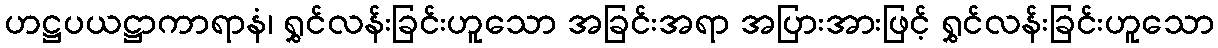
ဟဋ္ဌပယဋ္ဌာကာရာနံ၊ ရွှင်လန်းခြင်းဟူသော အခြင်းအရာ အပြားအားဖြင့် ရွှင်လန်းခြင်းဟူသော